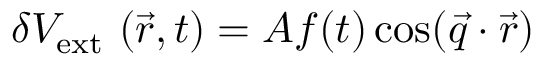
\delta V _ { \mathrm { e x t } } ~ ( \vec { r } , t ) = A f ( t ) \cos ( \vec { q } \cdot \vec { r } )